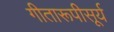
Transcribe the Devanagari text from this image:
गीतारूपीसूर्य